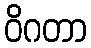
ဝိဂတာ